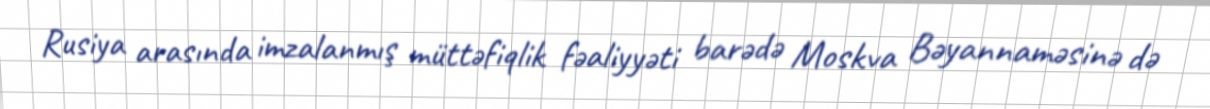
Rusiya arasında imzalanmış müttəfiqlik fəaliyyəti barədə Moskva Bəyannaməsinə də